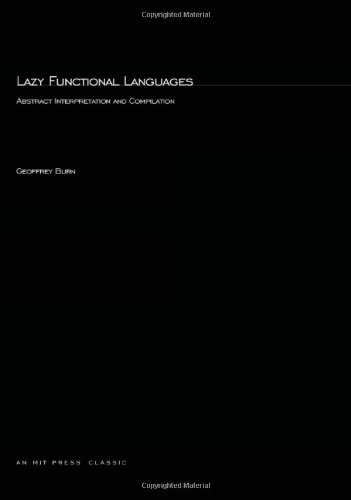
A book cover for Lazy Functional Languages: Abstract Interpretation and Compilation (Research Monographs in Parallel and Distributed Computing); Geoffrey Burn; Computers & Technology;